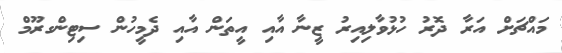
މައްޗަށް އަރާ ދޮރު ހުޅުވާލިއިރު ޒީނާ އާއި އީތަން އާއި ދެމީހުން ސިޓިންގރޫމް